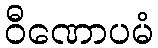
ဝီဏောပမံ